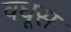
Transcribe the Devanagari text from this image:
वधूस